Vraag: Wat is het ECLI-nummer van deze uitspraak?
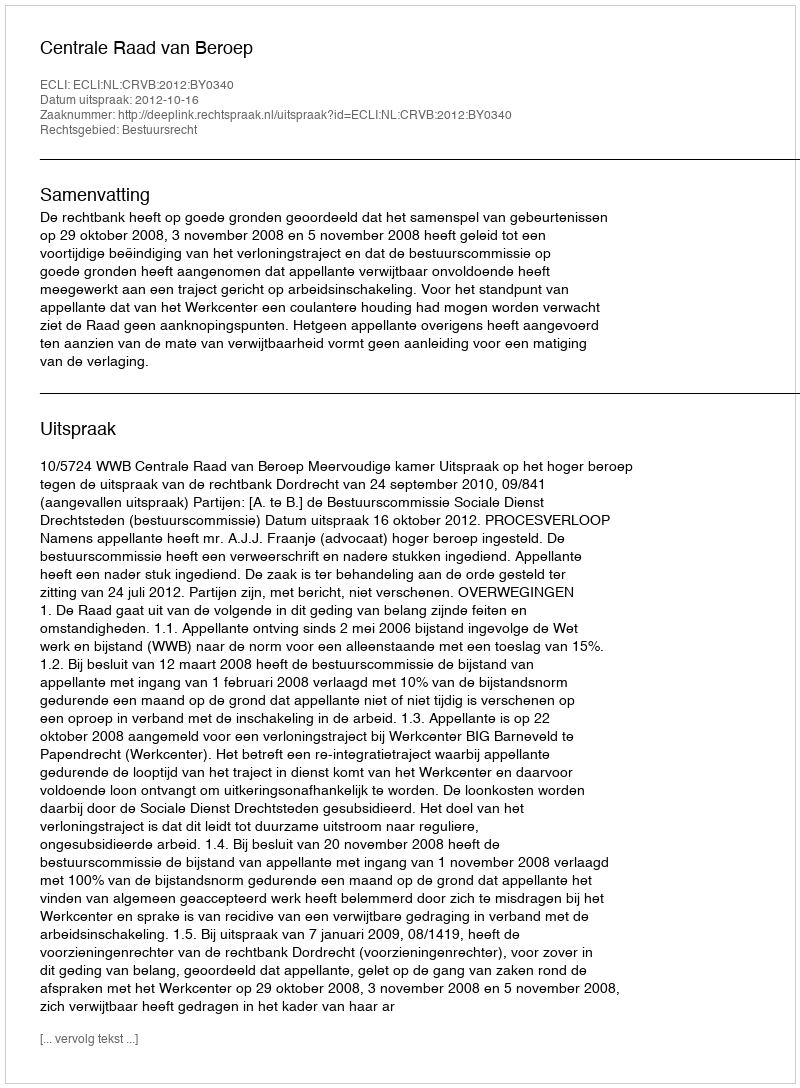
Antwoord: ECLI:NL:CRVB:2012:BY0340